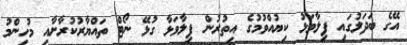
އޭގެ ބަދަލުގައި ފިލާވަޅު ކިޔުއްވުމުގެ އިތުރުން ފިލާވަޅާ ގުޅޭ ނޯޓް ތައްޔާރުކުރާށާއި މުހިންމު